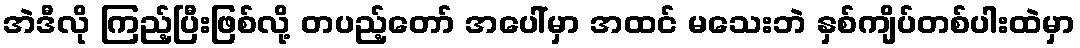
အဲဒီလို ကြည့်ပြီးဖြစ်လို့ တပည့်တော် အပေါ်မှာ အထင် မသေးဘဲ နှစ်ကျိပ်တစ်ပါးထဲမှာ